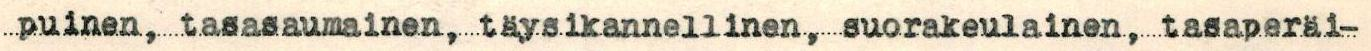
puinen, tasasaumainen, täysikannellinen, suorakeulainen, tasaperäi-